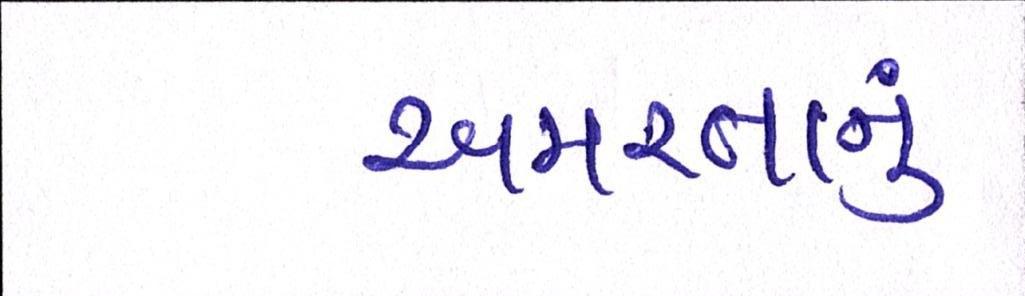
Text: અમરતાનું